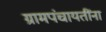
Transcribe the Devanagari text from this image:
ग्रामपंचायतींना